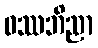
ဝဿဘိညာ